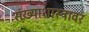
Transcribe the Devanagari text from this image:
संख्याशास्त्रावर